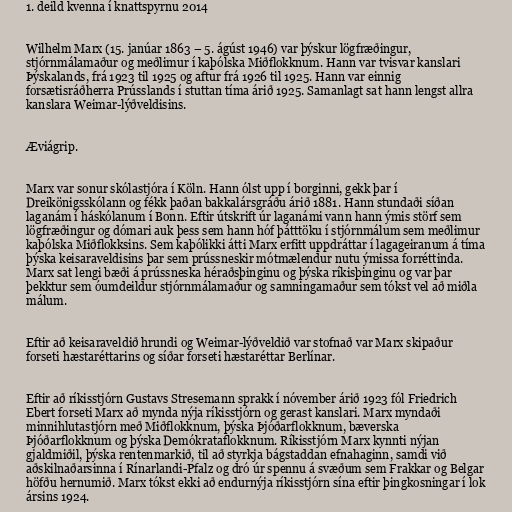
1. deild kvenna í knattspyrnu 2014

Wilhelm Marx (15. janúar 1863 – 5. ágúst 1946) var þýskur lögfræðingur,
stjórnmálamaður og meðlimur í kaþólska Miðflokknum. Hann var tvisvar kanslari
Þýskalands, frá 1923 til 1925 og aftur frá 1926 til 1925. Hann var einnig
forsætisráðherra Prússlands í stuttan tíma árið 1925. Samanlagt sat hann lengst allra
kanslara Weimar-lýðveldisins.

Æviágrip.

Marx var sonur skólastjóra í Köln. Hann ólst upp í borginni, gekk þar í
Dreikönigsskólann og fékk þaðan bakkalársgráðu árið 1881. Hann stundaði síðan
laganám í háskólanum í Bonn. Eftir útskrift úr laganámi vann hann ýmis störf sem
lögfræðingur og dómari auk þess sem hann hóf þátttöku í stjórnmálum sem meðlimur
kaþólska Miðflokksins. Sem kaþólikki átti Marx erfitt uppdráttar í lagageiranum á tíma
þýska keisaraveldisins þar sem prússneskir mótmælendur nutu ýmissa forréttinda.
Marx sat lengi bæði á prússneska héraðsþinginu og þýska ríkisþinginu og var þar
þekktur sem óumdeildur stjórnmálamaður og samningamaður sem tókst vel að miðla
málum.

Eftir að keisaraveldið hrundi og Weimar-lýðveldið var stofnað var Marx skipaður
forseti hæstaréttarins og síðar forseti hæstaréttar Berlínar.

Eftir að ríkisstjórn Gustavs Stresemann sprakk í nóvember árið 1923 fól Friedrich
Ebert forseti Marx að mynda nýja ríkisstjórn og gerast kanslari. Marx myndaði
minnihlutastjórn með Miðflokknum, þýska Þjóðarflokknum, bæverska
Þjóðarflokknum og þýska Demókrataflokknum. Ríkisstjórn Marx kynnti nýjan
gjaldmiðil, þýska rentenmarkið, til að styrkja bágstaddan efnahaginn, samdi við
aðskilnaðarsinna í Rínarlandi-Pfalz og dró úr spennu á svæðum sem Frakkar og Belgar
höfðu hernumið. Marx tókst ekki að endurnýja ríkisstjórn sína eftir þingkosningar í lok
ársins 1924.